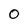
Character: 0